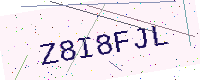
Text: Z8I8FJL